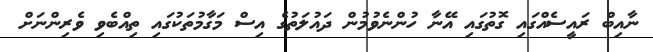
ނާއިބް ރައީސެއްގައި ގޮތުގައި އޭނާ ހުންނެވުމުން ދައުލަތުގެ އިސް މަގާމުތަކުގައި ތިއްބެވި ވެރިންނަށް